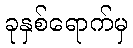
ခုနှစ်ရောက်မှ